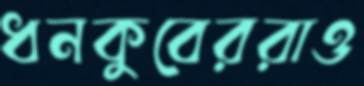
ধনকুবেররাও